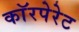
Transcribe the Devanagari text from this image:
काॅरपेरेट